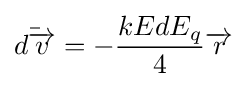
{\bar {d{\overrightarrow {v}}}}=-{\frac {kEdE_{q}}{4}}{\overrightarrow {r}}